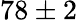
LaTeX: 78\pm 2